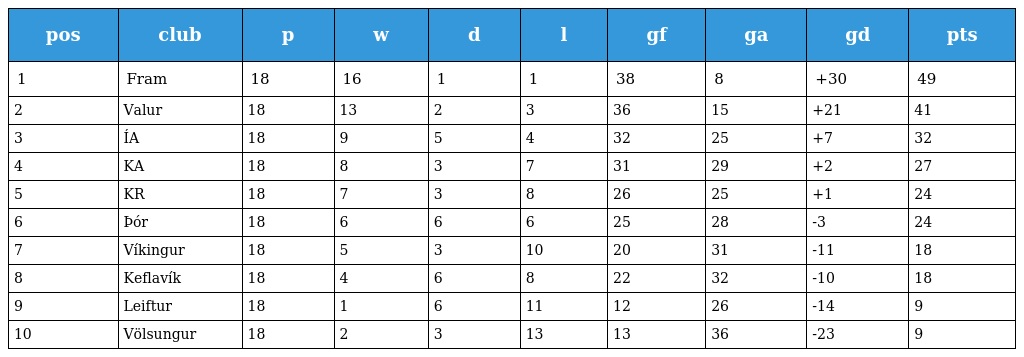
| pos | club | p | w | d | l | gf | ga | gd | pts |
 | --- | --- | --- | --- | --- | --- | --- | --- | --- | --- |
 | 1 | Fram | 18 | 16 | 1 | 1 | 38 | 8 | +30 | 49 |
 | 2 | Valur | 18 | 13 | 2 | 3 | 36 | 15 | +21 | 41 |
 | 3 | ÍA | 18 | 9 | 5 | 4 | 32 | 25 | +7 | 32 |
 | 4 | KA | 18 | 8 | 3 | 7 | 31 | 29 | +2 | 27 |
 | 5 | KR | 18 | 7 | 3 | 8 | 26 | 25 | +1 | 24 |
 | 6 | Þór | 18 | 6 | 6 | 6 | 25 | 28 | -3 | 24 |
 | 7 | Víkingur | 18 | 5 | 3 | 10 | 20 | 31 | -11 | 18 |
 | 8 | Keflavík | 18 | 4 | 6 | 8 | 22 | 32 | -10 | 18 |
 | 9 | Leiftur | 18 | 1 | 6 | 11 | 12 | 26 | -14 | 9 |
 | 10 | Völsungur | 18 | 2 | 3 | 13 | 13 | 36 | -23 | 9 |